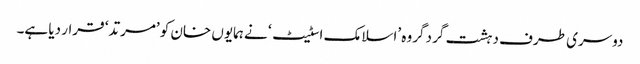
دوسری طرف دہشت گرد گروہ ’اسلامک اسٹیٹ‘ نے ہمایوں خان کو ’مرتد‘ قرار دیا ہے۔